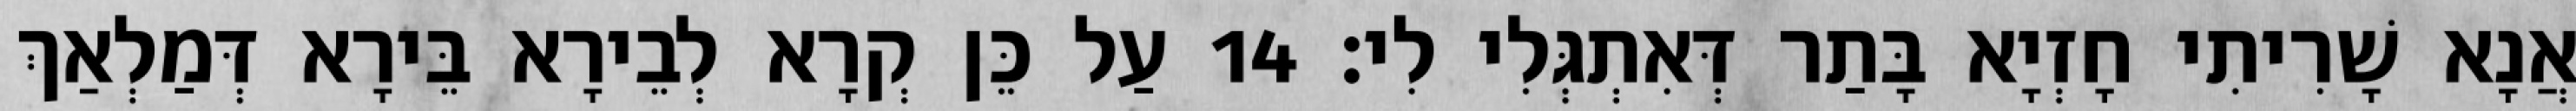
אֲנָא שָׁרִיתִי חָזְיָא בָּתַר דְּאִתְגְּלִי לִי׃ 14 עַל כֵּן קְרָא לְבֵירָא בֵּירָא דְּמַלְאַךְ